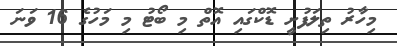
މިހާރު ތިލަފުށީ ޑޮކްގައި އޮތް މި ބޯޓު މި މަހުގެ 16 ވަނަ